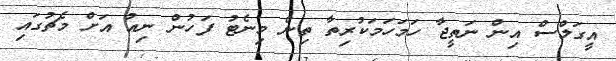
އީގަލްސް އިން ނަތީޖާ ހަމަހަމަކުރިތާ ތިން މިނެޓު ފަހުން ނިއު އަށް މެޗުގައި